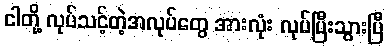
ငါတို့ လုပ်သင့်တဲ့အလုပ်တွေ အားလုံး လုပ်ပြီးသွားပြီ